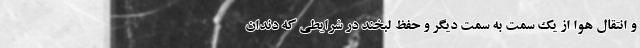
و انتقال هوا از یک سمت به سمت دیگر و حفظ لبخند در شرایطی که دندان